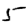
Digit: 5